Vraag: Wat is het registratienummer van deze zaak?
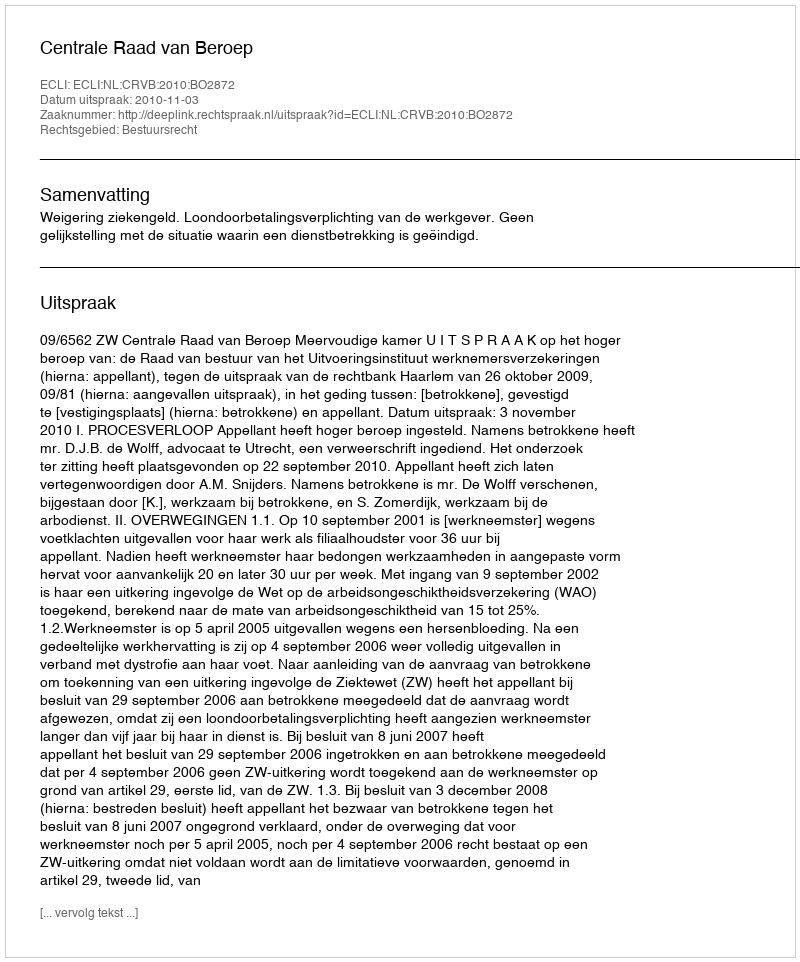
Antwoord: http://deeplink.rechtspraak.nl/uitspraak?id=ECLI:NL:CRVB:2010:BO2872